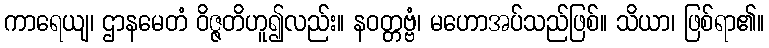
ကာရေယျ၊ ဌာနမေတံ ဝိဇ္ဇတိဟူ၍လည်း။ နဝတ္တဗ္ဗံ၊ မဟောအပ်သည်ဖြစ်။ သိယာ၊ ဖြစ်ရာ၏။